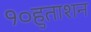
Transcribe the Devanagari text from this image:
१०हुताशन